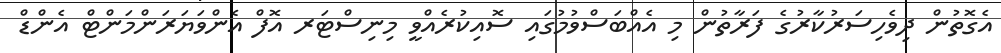
އެގޮތުން ދިވެހިސަރުކާރުގެ ފަރާތުން މި އެއްބަސްވުމުގައި ސޮއިކުރެއްވީ މިނިސްޓަރ އޮފް އެންވަޔަރަންމަންޓް އެންޑް